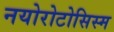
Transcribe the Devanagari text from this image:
नयोरोटोसिस्म